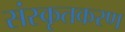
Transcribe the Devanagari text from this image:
संस्कृतकरण